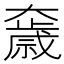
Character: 𡚓